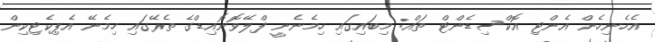
އެހެނިހެން އެންޓި އޮކްސިޑެންޓް ތައް: މިބައިގައި ހިމެނެނީ ފްލޭވޮނޮއިޑްގެ ތެރޭގައި ހިމެނޭ އެޕިކެޓިކިން